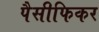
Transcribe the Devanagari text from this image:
पैसीफिकर